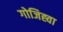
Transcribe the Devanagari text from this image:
गोजिह्वा